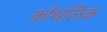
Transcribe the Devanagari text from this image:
र्कांथलिक